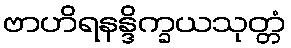
ဗာဟိရနန္ဒိက္ခယသုတ္တံ